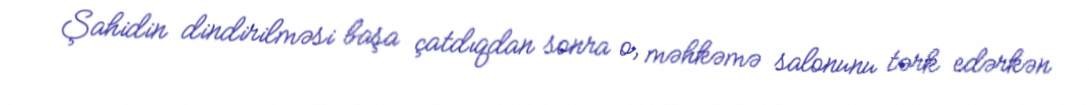
Şahidin dindirilməsi başa çatdıqdan sonra o, məhkəmə salonunu tərk edərkən